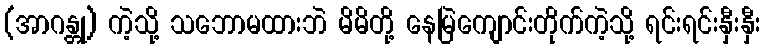
(အာဂန္တု) ကဲ့သို့ သဘောမထားဘဲ မိမိတို့ နေမြဲကျောင်းတိုက်ကဲ့သို့ ရင်းရင်းနှီးနှီး